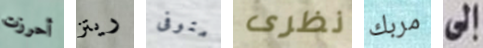
أحرزت ريتز متوفى نظرى مربك إلى